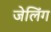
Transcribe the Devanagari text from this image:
जेलिंग